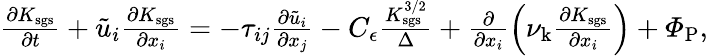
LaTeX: \begin{array}{r}{\frac{\partial K_{\mathrm{sgs}}}{\partial t}+\tilde{u}_{i}\frac{\partial K_{\mathrm{sgs}}}{\partial x_{i}}=-\tau_{ij}\frac{\partial\tilde{u}_{i}}{\partial x_{j}}-C_{\epsilon}\frac{K_{\mathrm{sgs}}^{3/2}}{\Delta}+\frac{\partial}{\partial x_{i}}\left(\nu_{\mathrm{k}}\frac{\partial K_{\mathrm{sgs}}}{\partial x_{i}}\right)+\varPhi_{\mathrm{P}},}\end{array}